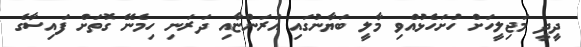
ދީދީ މަޖިލީހަށް ހުށަހެޅުއްވި މާލީ ބަޔާނުގައި އަރަންޏާއި ދަރަނި ހިމެނޭ ގޮތަށް ފައިސާގެ